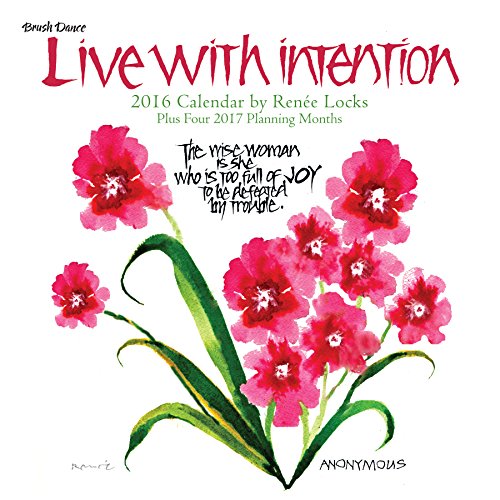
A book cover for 2016 Live with Intention Wall Calendar; Brush Dance and RenÃ©e Locks; Calendars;